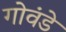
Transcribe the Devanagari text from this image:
गोवंडे